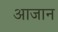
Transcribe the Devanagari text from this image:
आजान